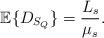
LaTeX: \begin{align*}\mathbb{E}\{D_{S_Q}\}=\frac{L_s}{\mu_s}. \end{align*}